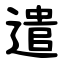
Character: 遣